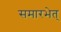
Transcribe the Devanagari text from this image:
समारभेत्